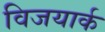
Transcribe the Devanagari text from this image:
विजयार्क